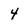
Character: 4